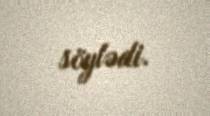
söylədi.